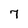
Character: 7